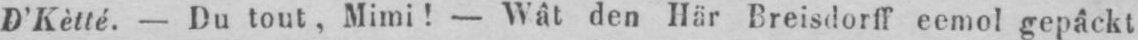
D’Kètté. - Du tout, Mimi! - Wât den Här Breisdorff eemol gepâckt